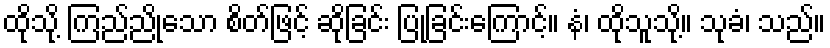
ထိုသို့ ကြည်ညိုသော စိတ်ဖြင့် ဆိုခြင်း ပြုခြင်းကြောင့်။ နံ၊ ထိုသူသို့။ သုခံ၊ သည်။